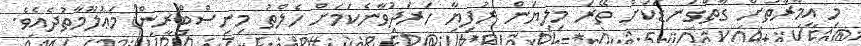
މި އިމާރާތަށް ގާތްގަނޑަކަށް ތޭރަ މިލިޔަން ރުފިޔާ ހަރަދުވާނެކަމަށް ހެލްތު މިނިސްޓްރީން މަޢުލޫމާތުދެއެވެ.